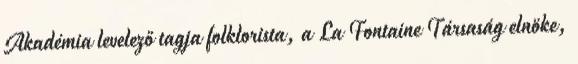
Akadémia levelező tagja folklorista, a La Fontaine Társaság elnöke,